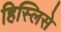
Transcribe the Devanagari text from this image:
हिस्लिसे